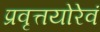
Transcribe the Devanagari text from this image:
प्रवृत्तयोरेवं